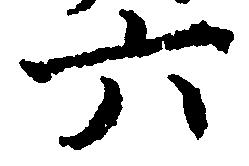
六